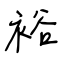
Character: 裕